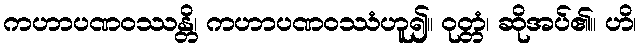
ကဟာပဏဝဿန္တိ၊ ကဟာပဏဝဿံဟူ၍။ ဝုတ္တံ၊ ဆိုအပ်၏။ ဟိ၊